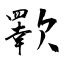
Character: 歝